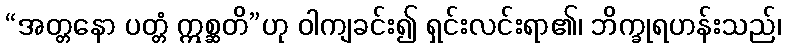
“အတ္တနော ပတ္တံ ဣစ္ဆတိ”ဟု ဝါကျခင်း၍ ရှင်းလင်းရာ၏၊ ဘိက္ခုရဟန်းသည်၊